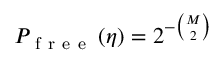
P _ { \mathrm { ~ f ~ r ~ e ~ e ~ } } \left( \eta \right) = 2 ^ { - \binom { M } { 2 } }